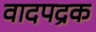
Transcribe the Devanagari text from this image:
वादपद्रक